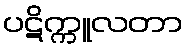
ပဋိက္ကူလတာ